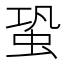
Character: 蛩